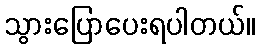
သွားပြောပေးရပါတယ်။